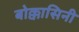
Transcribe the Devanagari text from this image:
बोक्कासिनी